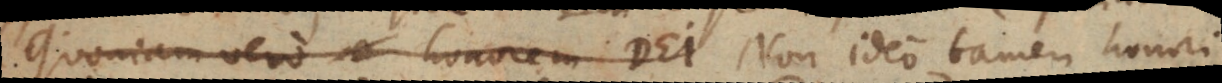
Quoniam vero honorem Dei Non ideo tamen honori